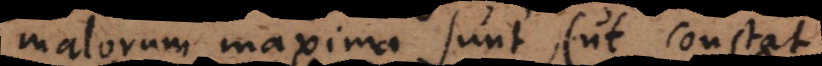
malorum maxima sunt (ut constat